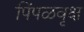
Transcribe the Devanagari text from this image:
पिंपळवृक्ष